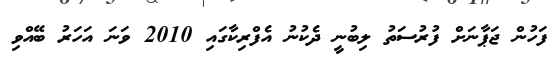
ފަހުން ޖަޕާނަށް ފުރުސަތު ލިބުނީ ދެކުނު އެފްރިކާގައި 2010 ވަނަ އަހަރު ބޭއްވި